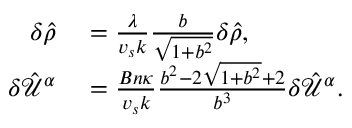
\begin{array} { r l } { \delta \hat { \rho } } & { { } = \frac { \lambda } { v _ { s } k } \frac { b } { \sqrt { 1 + b ^ { 2 } } } \delta \hat { \rho } , } \\ { \delta \hat { \mathcal { U } } ^ { \alpha } } & { { } = \frac { B n \kappa } { v _ { s } k } \frac { b ^ { 2 } - 2 \sqrt { 1 + b ^ { 2 } } + 2 } { b ^ { 3 } } \delta \hat { \mathcal { U } } ^ { \alpha } . } \end{array}